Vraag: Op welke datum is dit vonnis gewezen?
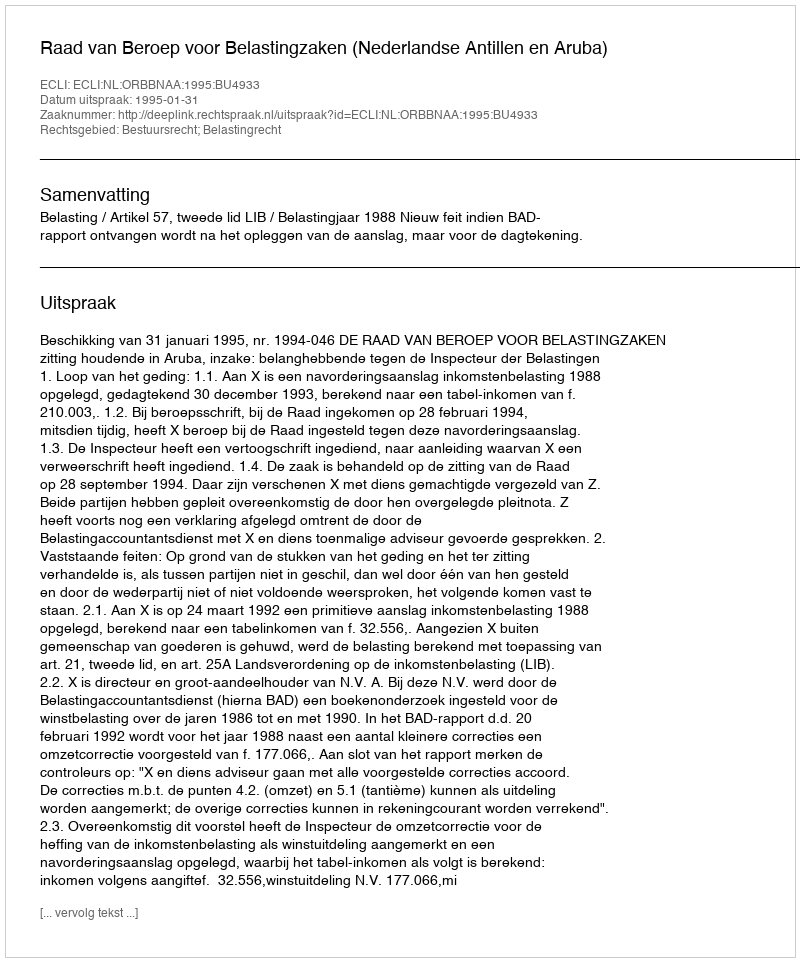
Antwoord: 1995-01-31